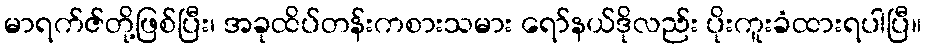
မာရက်ဇ်တို့ဖြစ်ပြီး၊ အခုထိပ်တန်းကစားသမား ရော်နယ်ဒိုလည်း ပိုးကူးခံထားရပါပြီ။